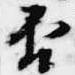
否